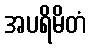
အပရိမိတံ